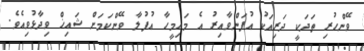
ވޭންހުރި ތަދަކީ ދަރިއަކު އުފަންވާއިރު އެ މައިމީހާ އުފުލާ ވޭންކަމަށް ޝައިޚް ވިދާޅުވިއެވެ.